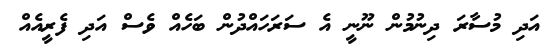
އަދި މުސާރަ ދިނުމުން ނޫނީ އެ ސަރަހައްދުން ބަހެއް ވެސް އަދި ފެރީއެއް